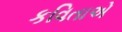
કવિતાએ